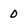
Character: 0